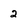
Character: 2